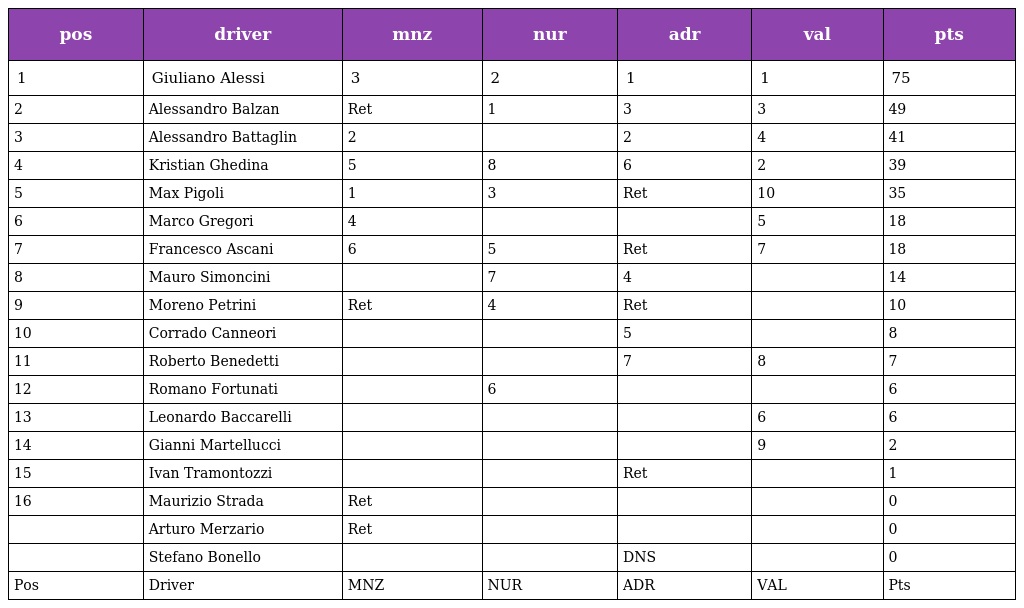
| pos | driver | mnz | nur | adr | val | pts |
 | --- | --- | --- | --- | --- | --- | --- |
 | 1 | Giuliano Alessi | 3 | 2 | 1 | 1 | 75 |
 | 2 | Alessandro Balzan | Ret | 1 | 3 | 3 | 49 |
 | 3 | Alessandro Battaglin | 2 |  | 2 | 4 | 41 |
 | 4 | Kristian Ghedina | 5 | 8 | 6 | 2 | 39 |
 | 5 | Max Pigoli | 1 | 3 | Ret | 10 | 35 |
 | 6 | Marco Gregori | 4 |  |  | 5 | 18 |
 | 7 | Francesco Ascani | 6 | 5 | Ret | 7 | 18 |
 | 8 | Mauro Simoncini |  | 7 | 4 |  | 14 |
 | 9 | Moreno Petrini | Ret | 4 | Ret |  | 10 |
 | 10 | Corrado Canneori |  |  | 5 |  | 8 |
 | 11 | Roberto Benedetti |  |  | 7 | 8 | 7 |
 | 12 | Romano Fortunati |  | 6 |  |  | 6 |
 | 13 | Leonardo Baccarelli |  |  |  | 6 | 6 |
 | 14 | Gianni Martellucci |  |  |  | 9 | 2 |
 | 15 | Ivan Tramontozzi |  |  | Ret |  | 1 |
 | 16 | Maurizio Strada | Ret |  |  |  | 0 |
 |  | Arturo Merzario | Ret |  |  |  | 0 |
 |  | Stefano Bonello |  |  | DNS |  | 0 |
 | Pos | Driver | MNZ | NUR | ADR | VAL | Pts |